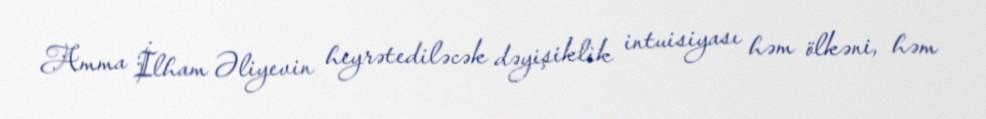
Amma İlham Əliyevin heyrətediləcək dəyişiklik intuisiyası həm ölkəni, həm